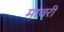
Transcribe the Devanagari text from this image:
मावरी